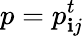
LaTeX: p={p}_{\mathbf{i}j}^{t}